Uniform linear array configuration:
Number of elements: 24
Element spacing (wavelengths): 1
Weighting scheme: uniform
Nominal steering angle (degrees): -30
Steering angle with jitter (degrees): -31.787
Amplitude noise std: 0.05
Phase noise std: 0.05

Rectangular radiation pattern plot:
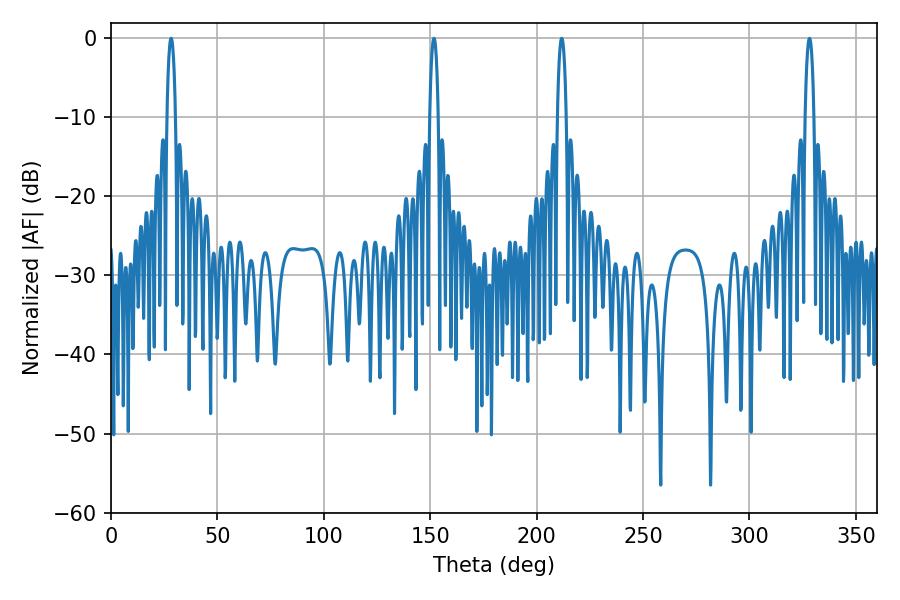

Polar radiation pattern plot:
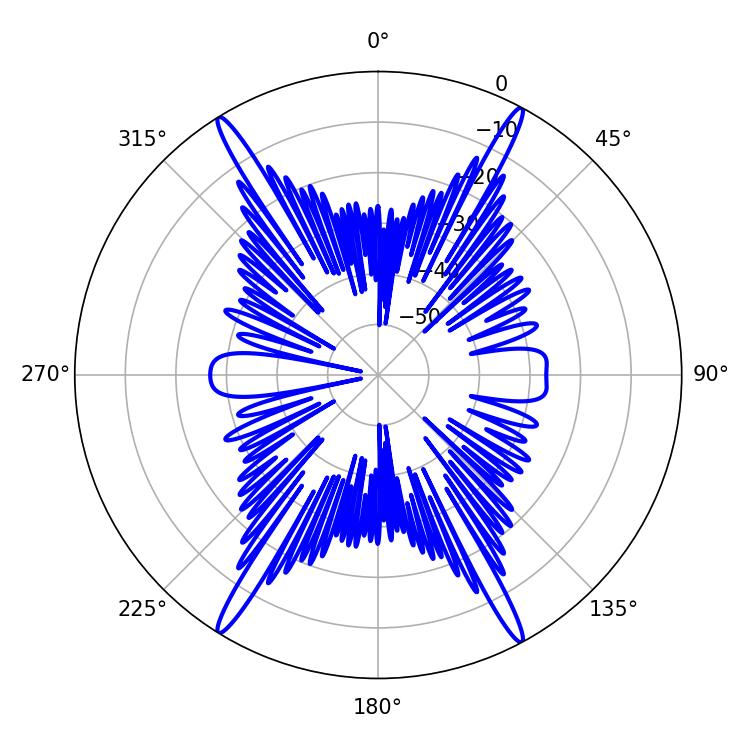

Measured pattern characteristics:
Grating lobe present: TRUE
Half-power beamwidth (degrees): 2.16
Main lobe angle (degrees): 28.26